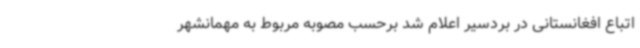
اتباع افغانستانی در بردسیر اعلام شد برحسب مصوبه مربوط به مهمانشهر